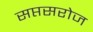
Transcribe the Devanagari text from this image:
सप्तसरोज